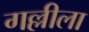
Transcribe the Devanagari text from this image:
गल्लीला